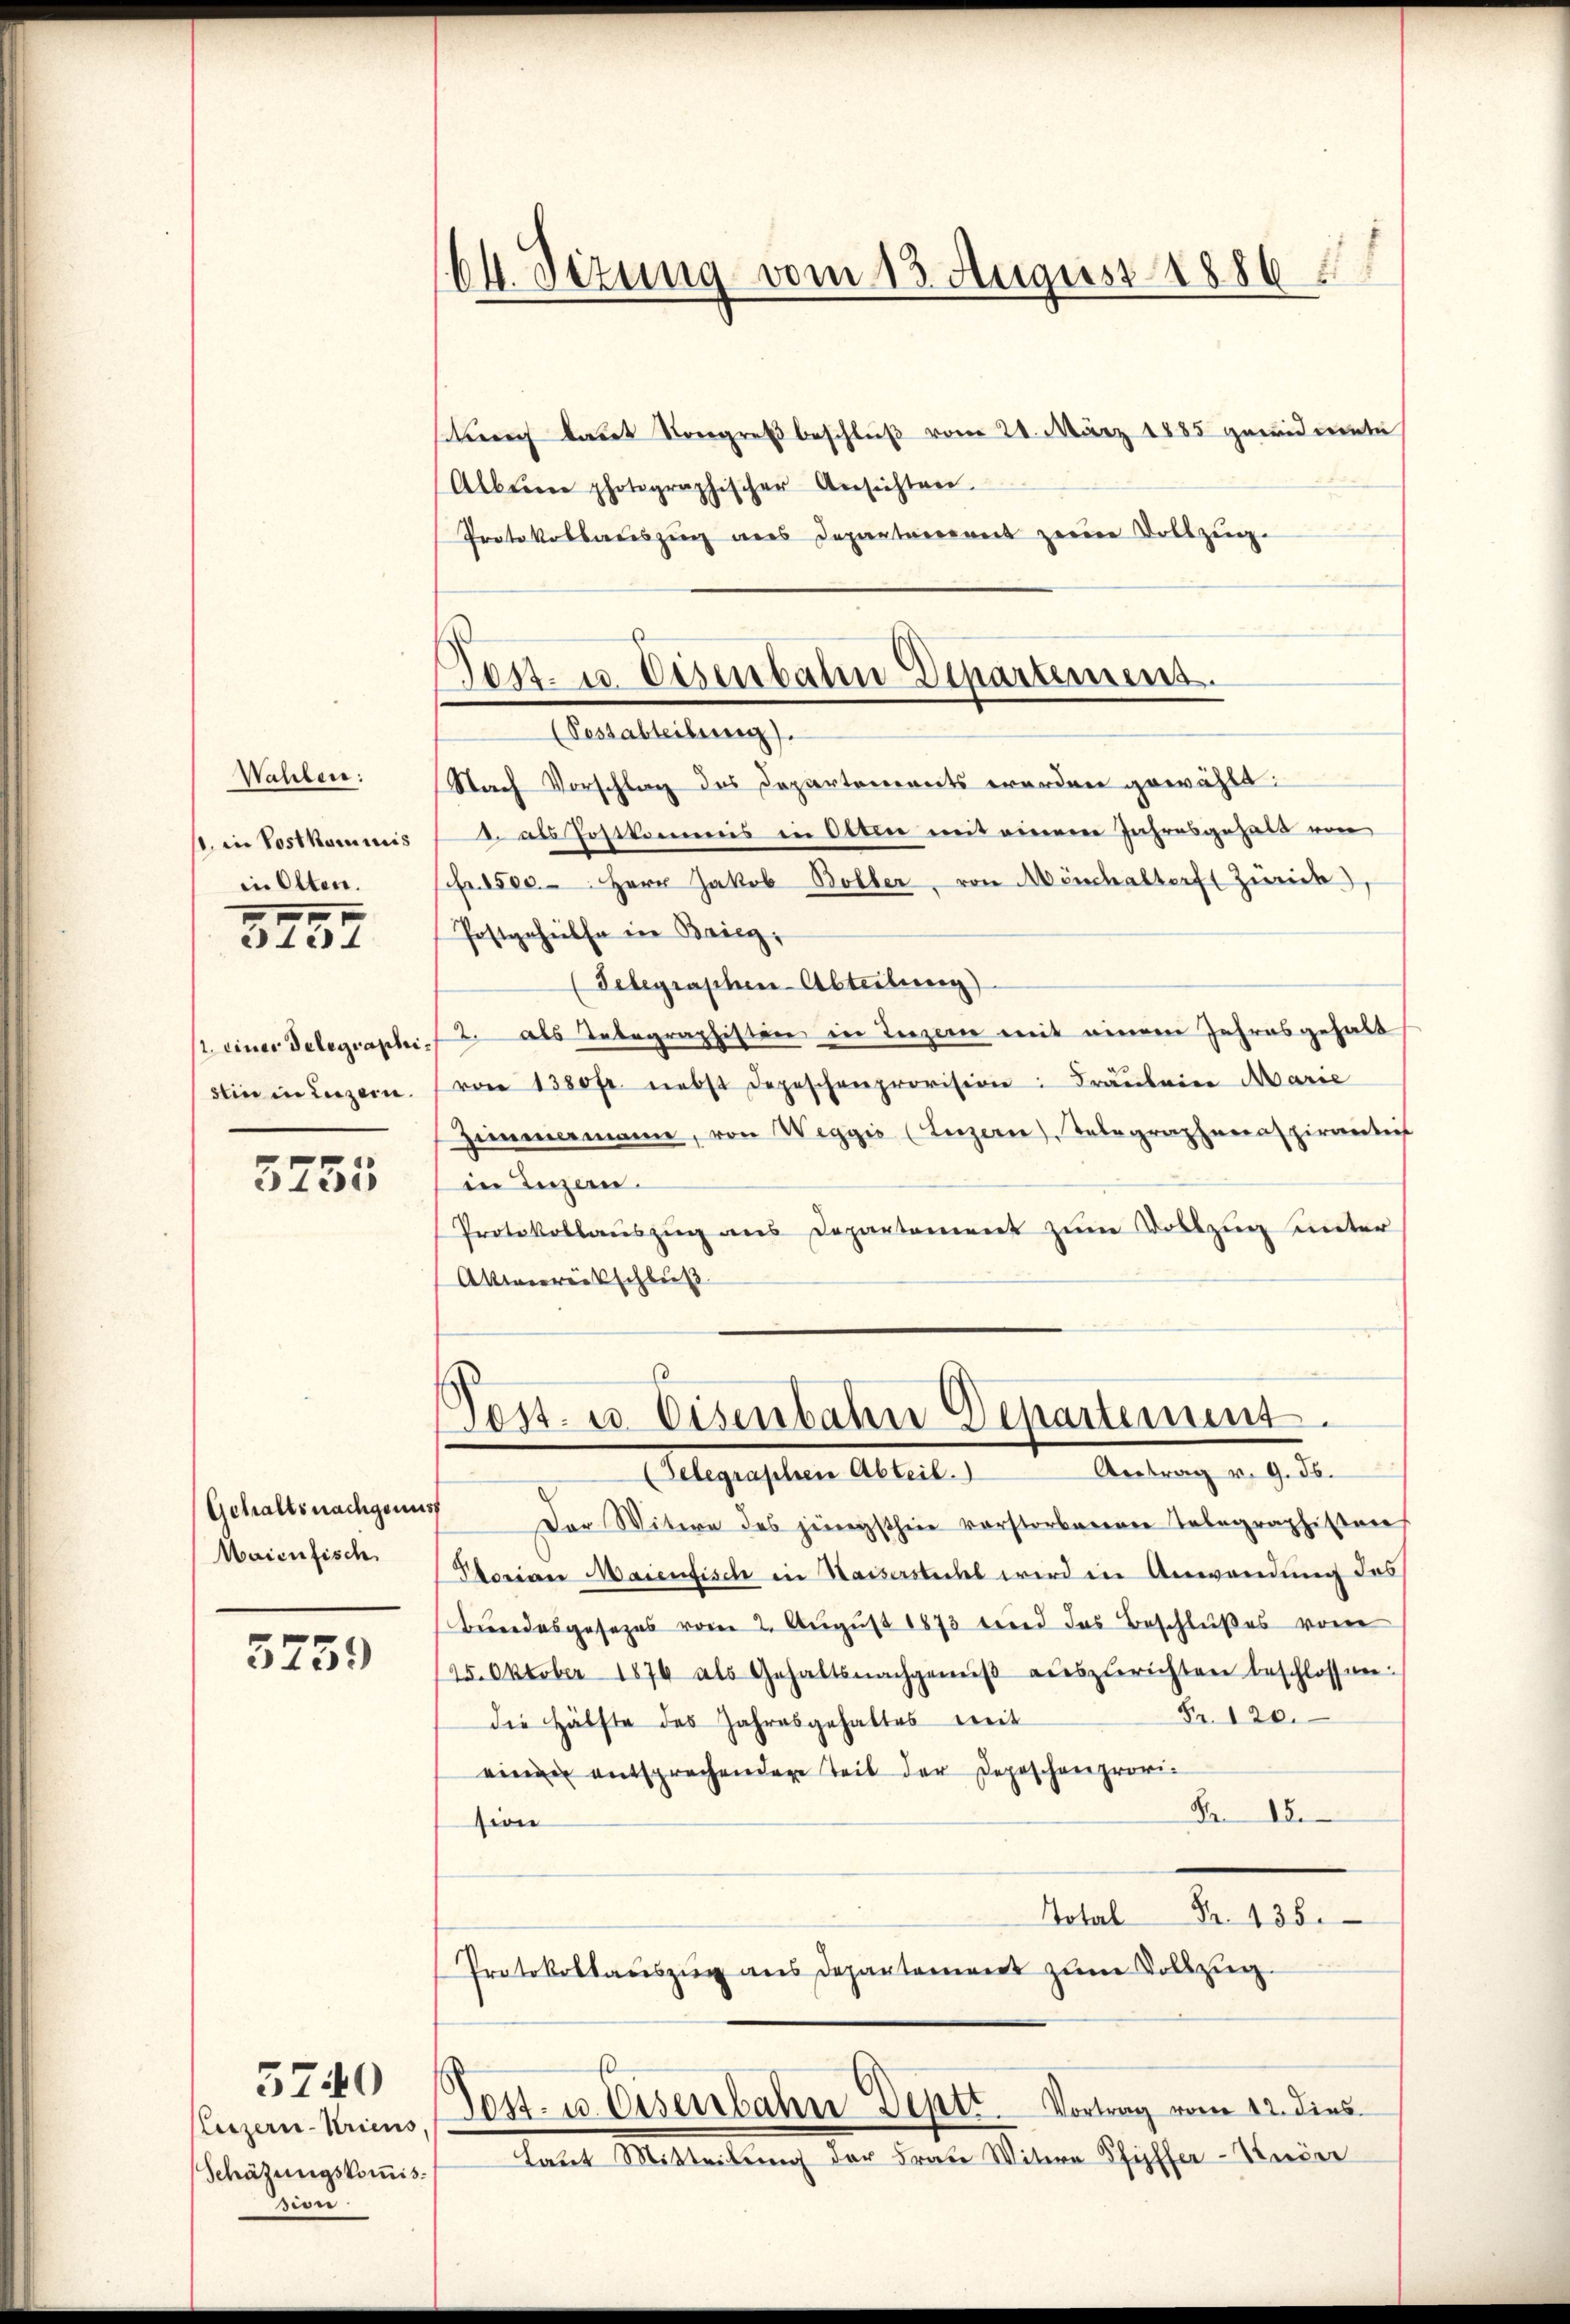
Wahlen:
s. in Postkommis
in Olten.
5157

/. einer Delegraphistin in Luzern.

5255

Gehaltsnachgenus
Maienfisch

3759

(Luzern-Kriens
Schätzungskoṁis-
i

3740

(64. Dezung vom 13. August 1886

h laut Kongreß beschluß vom 21. März 1885 gewidmete
Alleine photographischer Ansichten.
Protokollauszug aus Departerrent zum Vollzug.

Tos. u. Eisenbahn Departemens.
(Pestabteilung).

Nach Vorschlag des Departements werden gewählt:
1. als Postkommis in Otten mit einem Jahresgehalt von
fr. 8500. Herr Jakob Böller, von Mönchaltorf Zürich),
Postgehülfe in Brieg,
(Telegraschen-Abteilung)
2. als Telegraphisten in Luzern mit einem Jahresgehalt
von 1350 fr. nebst Depeschenprovision: Fräuleine Marie
Zimmermann, von Weggis (Luzern) Telegraphenaspirantief
in Luzern.
Protokollauszug aus Departement zum Dollzug unter
Akmeereitschluß

s
Post- u. Eisenbahn Departement.
(Gelegraphen Abteil. Antrag v. 9. 56.

Der Witwe des jüngsthin vorstorbenen Telegraphisten
Ploriren Maienfisch in Waisersteckt wird in Anwendung des
Bundesgesezes vom 2. August 1873 wird das Beschlußes von
125. Oktober 1876 als Gehaltsnachgemeβ aŭszŭrichten beschlossen:
Fr. 120.
die Hälfte des Jahresgehaltes weit
einen entsprechendere Teil der Depeschenprovi¬
Nr. 18
sion
Total Fr. 435.
Protokollauszug aus Departement zum Vollzug.
E
Tost- u. Eisenbahn Deptr. Vortrag vom 12. dies
Laut Mitteilung der Frate Witere Pfyffer-Kuier